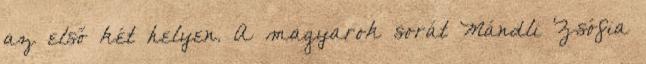
az első két helyen. A magyarok sorát Mándli Zsófia